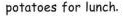
potatoes for lunch.